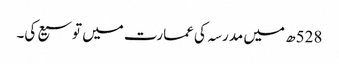
528ھ میں مدرسہ کی عمارت میں توسیع کی۔